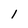
Character: 1